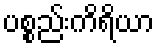
ပစ္စည်းကိရိယာ